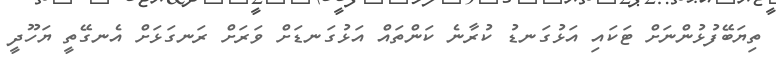
ތިޔަބޭފުޅުންނަށް ޓަކައި އަޅުގަނޑު ކުރާނެ ކަންތައް އަޅުގަނޑަށް ވަރަށް ރަނގަޅަށް އެނގޭތީ ޔަހޫދީ